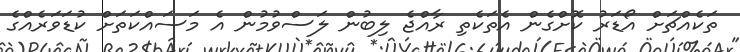
ތަކެއްޗަށް އޯޑަރު ކޮށްގެން އެތަކެތި ރާއްޖެ ލިބުން ލަސްވުމުން އެ މަސައްކަތަށް ކުޑަވަރެއްގެ